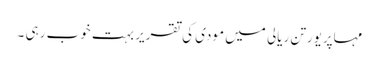
مہاپریورتن ریالی میں مودی کی تقریر بہت خوب رہی ۔